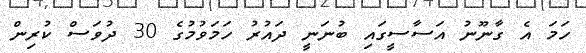
ހަމަ އެ ގާނޫނު އަސާސީގައި ބުނަނީ ދައުރު ހަމަވުމުގެ 30 ދުވަސް ކުރިން